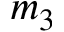
m _ { 3 }